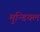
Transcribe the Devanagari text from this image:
मुन्डियल